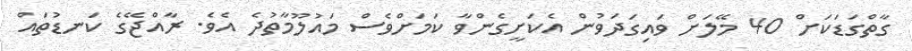
ގާތްގަޑަކަށް 40 މޭލަށް ވައިގަދަވުން އެކަށީގެންވާ ކަމަށްވެސް މައުލޫމާތުދެ އެވެ. ރާއްޖޭގެ ކަނޑުތައް